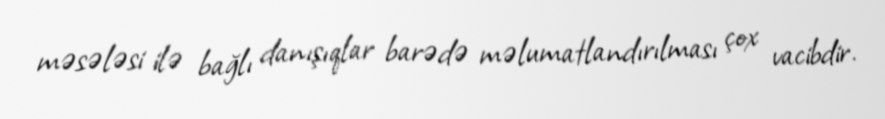
məsələsi ilə bağlı danışıqlar barədə məlumatlandırılması çox vacibdir.